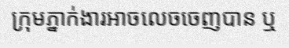
ក្រុមភ្នាក់ងារអាចលេចចេញបាន ឬ